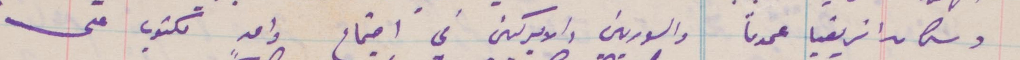
وسكان افريقيا عمومًا والسورييين والأميركيين في اجتماع واحد مكتوب على